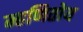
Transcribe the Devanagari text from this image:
म्हणितोय